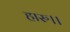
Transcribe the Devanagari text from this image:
हारु।।